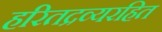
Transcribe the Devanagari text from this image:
हरितद्रव्यरहित